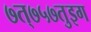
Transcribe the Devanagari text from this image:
७त्७५७तुइग